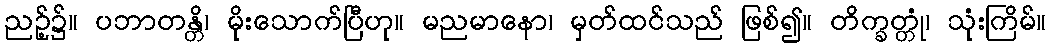
ညဉ့်၌။ ပဘာတန္တိ၊ မိုးသောက်ပြီဟု။ မညမာနော၊ မှတ်ထင်သည် ဖြစ်၍။ တိက္ခတ္တုံ၊ သုံးကြိမ်။